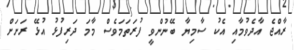
ރާއްޖެ އާދެވުމާއި އެކު ސާމިޔާ ބޭނުންވީ ފުރަތަމަވެސް މާމަ ދަރިފުޅު އުޅޭ ރަށަށް